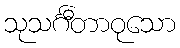
သုသင်္ဂီတာဝုသော